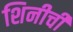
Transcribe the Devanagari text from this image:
शिनीची